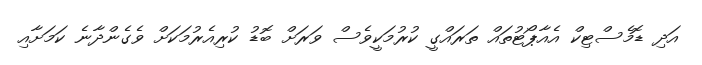
އަދި ޑޮމެސްޓިކް އެއާޕޯޓުތައް ތަރައްގީ ކުރުމަކީވެސް ވަރަށް ބޮޑު ކުރިއެރުމަކަށް ވެގެންދާނެ ކަމަށާއި